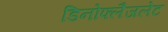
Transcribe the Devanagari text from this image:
डिनोफ्लैजलेट